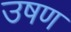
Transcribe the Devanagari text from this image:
उषण